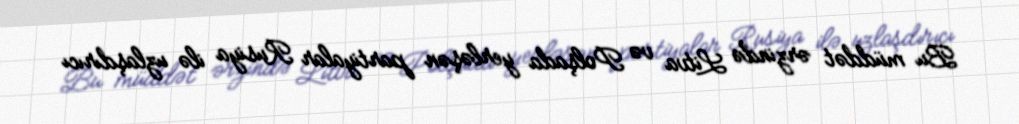
Bu müddət ərzində Litva və Polşada yerləşən partiyalar Rusiya ilə uzlaşdırıcı